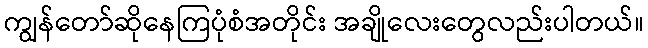
ကျွန်တော်ဆိုနေကြပုံစံအတိုင်း အချိုလေးတွေလည်းပါတယ်။